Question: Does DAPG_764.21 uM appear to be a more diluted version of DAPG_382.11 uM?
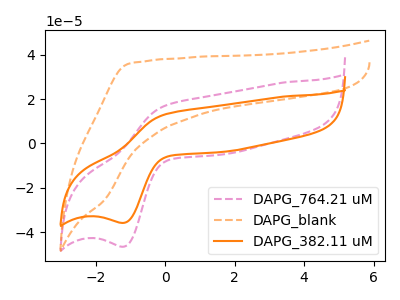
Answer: <think>The pink dashed curve "DAPG_764.21 uM" has an anodic peak at (0.00V, 17.20uA) and a cathodic peak at (-1.20V, -46.60uA). The orange dashed curve "DAPG_blank" has no peaks. The orange curve "DAPG_382.11 uM" has an anodic peak at (0.00V, 13.25uA) and a cathodic peak at (-1.20V, -35.85uA).
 All the peaks in "DAPG_764.21 uM" have a peak in "DAPG_382.11 uM" at the same potential. Every peak in "DAPG_764.21 uM" is higher than every peak in "DAPG_382.11 uM".</think>
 <answer>"DAPG_764.21 uM" has more signal than "DAPG_382.11 uM" and so likely has a higher concentration.</answer>
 <eval>more_concentration</eval>